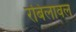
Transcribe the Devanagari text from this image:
रबिलावल